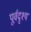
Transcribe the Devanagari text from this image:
पूर्वदृश्य